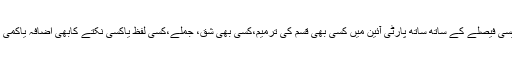
ڈاکٹرندیم احسان نے کہاکہ ایم کیوایم کے اصل آئین میں یہ بھی تھاکہ پالیسی فیصلے کے ساتھ ساتھ پارٹی آئین میں کسی بھی قسم کی ترمیم،کسی بھی شق، جملے،کسی لفظ یاکسی نکتے کابھی اضافہ یاکمی بانی وقائدالطاف حسین کی منظوری اورتوثیق کے بغیرنہیں کی جاسکتی۔